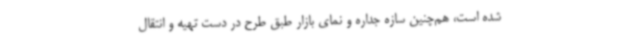
شده است، هم‌چنین سازه جداره و نمای بازار طبق طرح در دست تهیه و انتقال